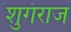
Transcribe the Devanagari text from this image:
शुगंराज